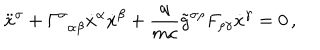
\ddot { x } ^ { \sigma } + { \Gamma } _ { \, \, \, \alpha \beta } ^ { \sigma } \dot { x } ^ { \alpha } \dot { x } ^ { \beta } + \frac { q } { m c } \tilde { g } ^ { \sigma \rho } F _ { \rho \gamma } \dot { x } ^ { \gamma } = 0 \, { , }